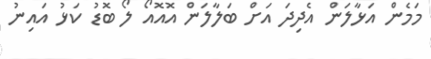
މަމެން އަޅާލަން އެދިދަ އަށް ބަލާލަން އޮއޮއޯ ލޯ ބޮޑު ކަޅު އައިނު